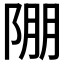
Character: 𨹹